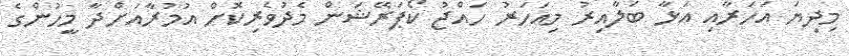
މިދިޔަ އަހަރާއި އަޅާ ބަލާއިރު މިއަހަރު ހައްޖު ކޯޕަރޭޝަން މެދުވެރިކޮށް އުމުރާއަށްދާ މީހުންގެ